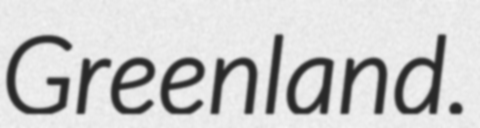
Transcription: Greenland.